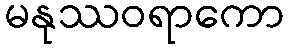
မနုဿဝရာကော